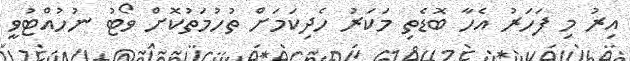
އިރު މި ފަހަރު އެހާ ބޮޑެތި މަކަރު ހެދިކަމަށް ތުހުމަތުކޮށް ވޯޓު ނުހުއްޓުވީ